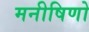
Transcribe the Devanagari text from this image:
मनीषिणो